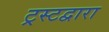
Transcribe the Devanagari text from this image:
ट्रस्टद्वारा